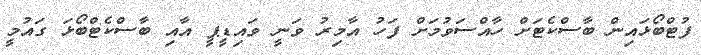
ފުޓްބޯޅައިން ބާސްކެޓަށް ހާއްސަވުމަށް ފަހު އާމިރު ވަނީ ވައިޑީޕީ އާއި ބާސްކެޓްބޯޅަ ގައުމީ